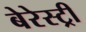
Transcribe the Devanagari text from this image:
बेरेस्ट्री